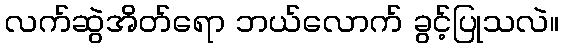
လက်ဆွဲအိတ်ရော ဘယ်လောက် ခွင့်ပြုသလဲ။